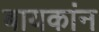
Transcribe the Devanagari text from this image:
बायकांन